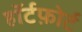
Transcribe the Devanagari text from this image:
हॉर्टफ़ोर्ट